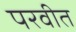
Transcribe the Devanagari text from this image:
परवीत